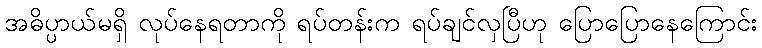
အဓိပ္ပာယ်မရှိ လုပ်နေရတာကို ရပ်တန်းက ရပ်ချင်လှပြီဟု ပြောပြောနေကြောင်း